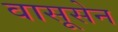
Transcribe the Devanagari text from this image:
वासूसेन